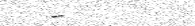
-